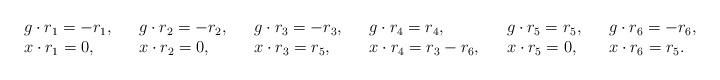
LaTeX: \begin{align*}\begin{array}{lllllllllll}g \cdot r_1 = -r_1, && g \cdot r_2 = -r_2, && g \cdot r_3 = -r_3, && g \cdot r_4 = r_4, && g \cdot r_5 = r_5, && g \cdot r_6 = -r_6,\\x \cdot r_1 = 0 , && x \cdot r_2 = 0, && x \cdot r_3 = r_5, && x \cdot r_4 = r_3-r_6, && x \cdot r_5 = 0, && x \cdot r_6 = r_5.\\\end{array}\end{align*}